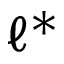
\ell ^ { * }